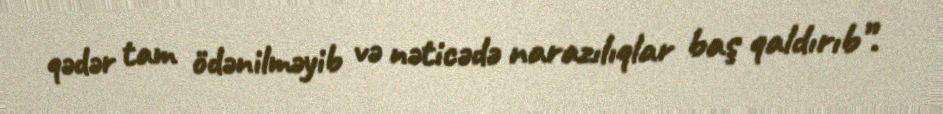
qədər tam ödənilməyib və nəticədə narazılıqlar baş qaldırıb”.